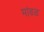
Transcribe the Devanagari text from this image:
मांढळ